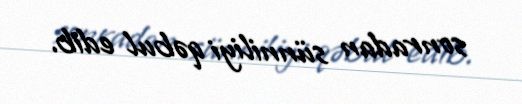
sonradan sünniliyi qəbul edib.